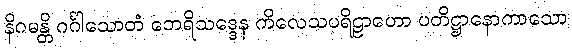
နိဂမန္တိ ဂင်္ဂါသောတံ ဘေရိသဒ္ဒေန ကိလေသပရိဠာဟော ပတိဋ္ဌာနောကာသော